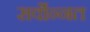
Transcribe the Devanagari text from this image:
सर्वोन्नत